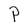
Character: P